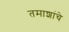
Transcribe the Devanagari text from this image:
तमाशांचे